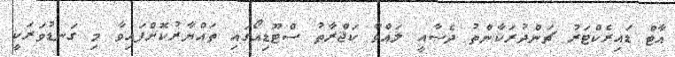
އާޓް ޑައިރެކްޓަރު ޗަންދުރަކާންތު ދެސާއީ ލައްވާ ކަޖްރާތު ސްޓޫޑިއޯގައި ތައްޔާރުކޮށްފައިވާ މި ގަނޑުވަރަކީ